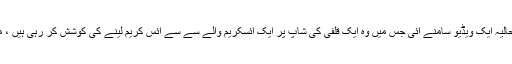
تفصیلات کے مطابق پاکستان معروف اداکارہ ماہرہ خان کی حالیہ ایک ویڈیو سامنے آئی جس میں وہ ایک قلفی کی شاپ پر ایک آئسکریم والے سے سے آئس کریم لینے کی کوشش کر رہی ہیں ، مگر ہر بار قلفی والے ان آئس کریم دے کر واپس لے لیتا ہے ۔